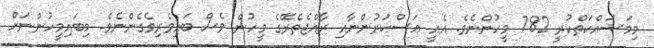
މިމަސައްކަތްކުރީ 782 މީހުންނެވެ. އެއީ ޢަސްކަރުންނާއި ރާއްޖެތެރޭގެ މީހުން ވެސް ބައިވެރިވެގެންނެވެ. މިބައިމީހުންނަށް